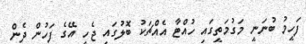
ފަހީމު ބުނަނީ މަގުމަތީގައި ހުއްޓާ އެއްޗަކު ބޮލުގައި ޖެހީ އޭގެ ފަހުން ދެން